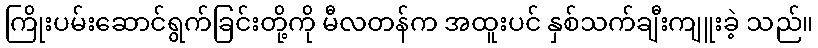
ကြိုးပမ်းဆောင်ရွက်ခြင်းတို့ကို မီလတန်က အထူးပင် နှစ်သက်ချီးကျူးခဲ့ သည်။